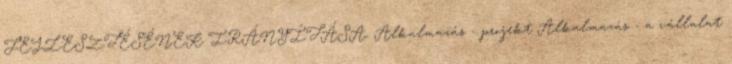
FEJLESZTÉSÉNEK IRÁNYÍTÁSA. Alkalmazás - projekt Alkalmazás - a vállalat